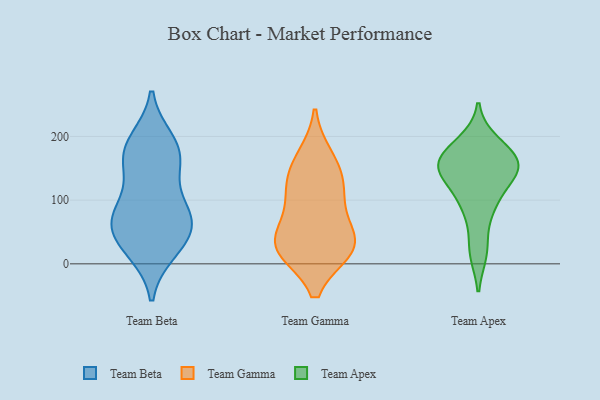
{"axis": {"x": "Population (Million)", "y": "Value"}, "legend": ["Team Apex", "Team Beta", "Team Gamma"], "data": [{"x": "", "y": 156, "type": "Team Beta"}, {"x": "", "y": 84, "type": "Team Beta"}, {"x": "", "y": 150, "type": "Team Beta"}, {"x": "", "y": 40, "type": "Team Beta"}, {"x": "", "y": 80, "type": "Team Beta"}, {"x": "", "y": 27, "type": "Team Beta"}, {"x": "", "y": 181, "type": "Team Beta"}, {"x": "", "y": 71, "type": "Team Beta"}, {"x": "", "y": 192, "type": "Team Beta"}, {"x": "", "y": 179, "type": "Team Beta"}, {"x": "", "y": 21, "type": "Team Beta"}, {"x": "", "y": 58, "type": "Team Beta"}, {"x": "", "y": 76, "type": "Team Beta"}, {"x": "", "y": 24, "type": "Team Gamma"}, {"x": "", "y": 23, "type": "Team Gamma"}, {"x": "", "y": 118, "type": "Team Gamma"}, {"x": "", "y": 149, "type": "Team Gamma"}, {"x": "", "y": 32, "type": "Team Gamma"}, {"x": "", "y": 79, "type": "Team Gamma"}, {"x": "", "y": 167, "type": "Team Gamma"}, {"x": "", "y": 115, "type": "Team Gamma"}, {"x": "", "y": 23, "type": "Team Gamma"}, {"x": "", "y": 37, "type": "Team Gamma"}, {"x": "", "y": 19, "type": "Team Apex"}, {"x": "", "y": 147, "type": "Team Apex"}, {"x": "", "y": 91, "type": "Team Apex"}, {"x": "", "y": 190, "type": "Team Apex"}, {"x": "", "y": 147, "type": "Team Apex"}, {"x": "", "y": 22, "type": "Team Apex"}, {"x": "", "y": 184, "type": "Team Apex"}, {"x": "", "y": 165, "type": "Team Apex"}, {"x": "", "y": 97, "type": "Team Apex"}, {"x": "", "y": 143, "type": "Team Apex"}, {"x": "", "y": 161, "type": "Team Apex"}, {"x": "", "y": 154, "type": "Team Apex"}, {"x": "", "y": 137, "type": "Team Apex"}, {"x": "", "y": 148, "type": "Team Apex"}, {"x": "", "y": 88, "type": "Team Apex"}, {"x": "", "y": 172, "type": "Team Apex"}]}